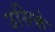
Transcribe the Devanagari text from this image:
उसिके